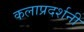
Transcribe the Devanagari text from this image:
कलाप्रदर्शनी